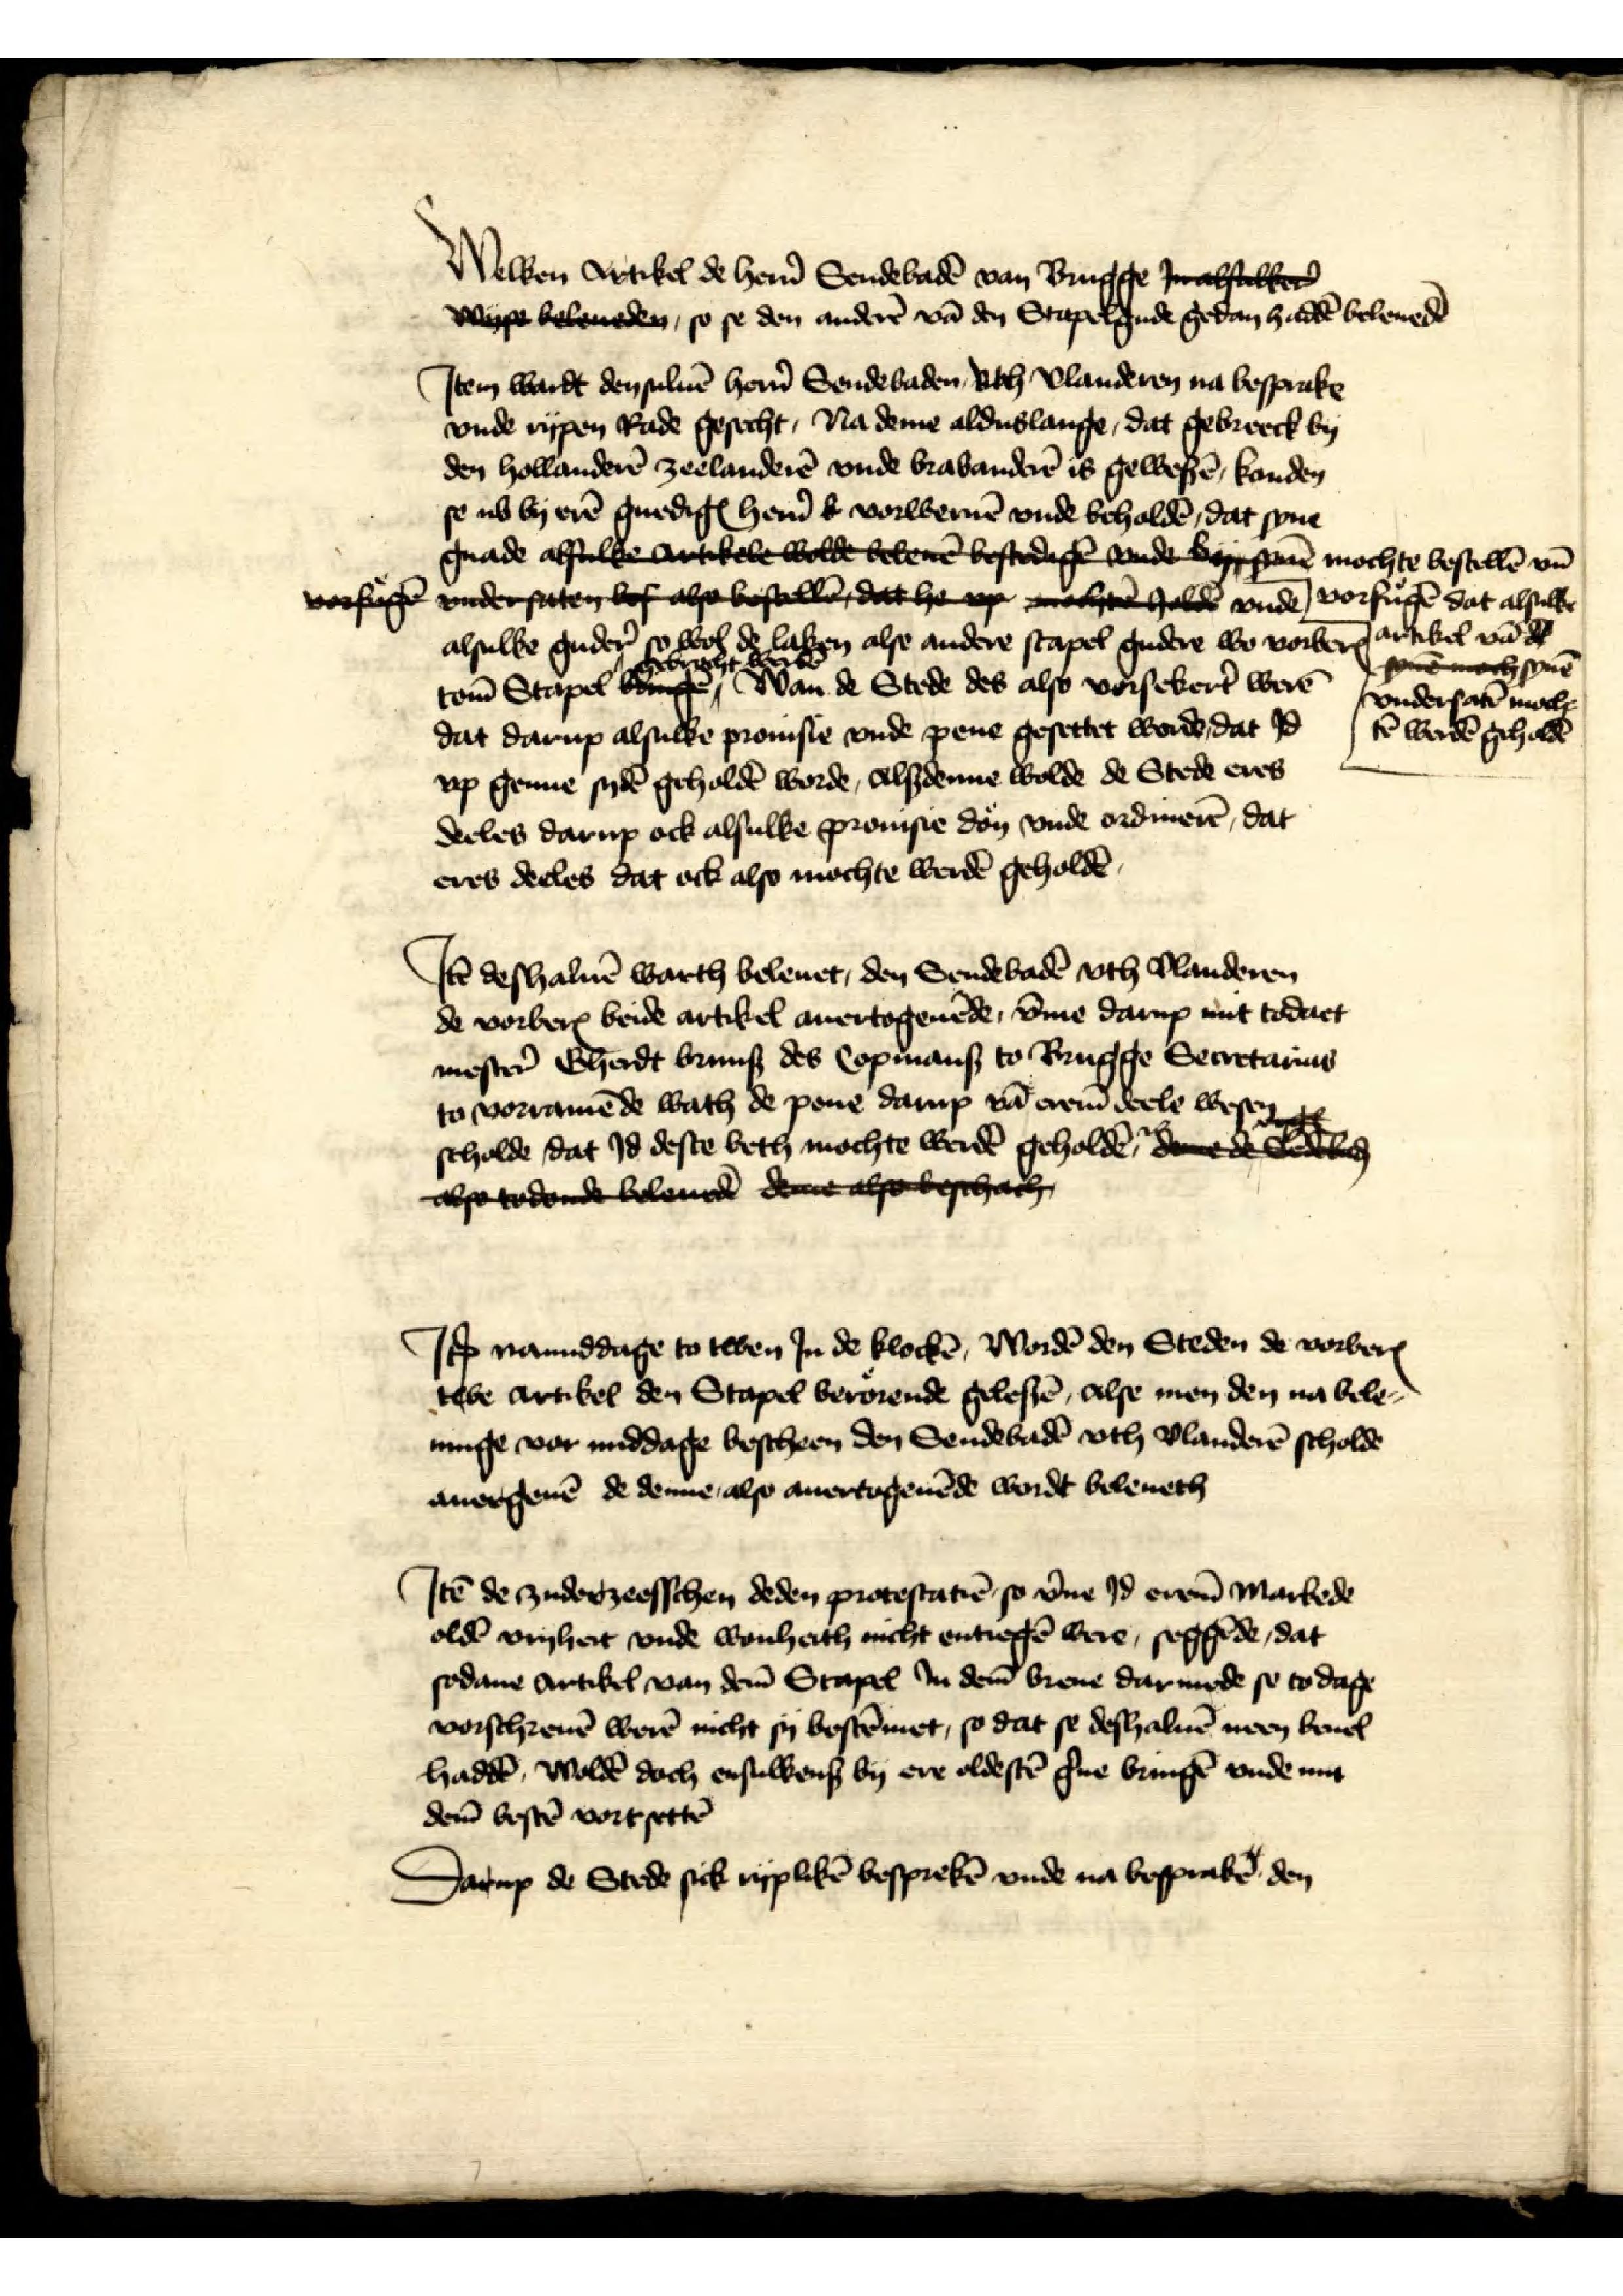
Welken Artikel de her̉n Sendebadē van Brugge Jnchbobker̉ 
Wyse beleueden, so se den andere vān den Stapelgude gedan haddē beleuedē

Jtem wardt den suluē her̉n Sendebaden, vth Vlanderen na besprake
Wyse beleueden, so se den andere vān den Stapelgude gedan haddē beleuedē
vnde rypen Rade gesecht, Na deme alduslange, dat gebreeck by
den hollanderē zeelanderē vnde Brabanderē is gewesē, konden
se ub by erē gnedigꝬ her̉n s vorweruē vnde beholdē, dat syne
gnade alsulke Artikele wolde bekene bestedage vnde bsane mochte bestellē vn̄
vorfuͤgē dat alsulke
Artikel vā de
Isne noch synē
vndersatē mocht¬
tē werdē gehaddē
vorfoge vndersate lef also bestll dat h op echte holde vnde
alsulke guder̉ so wol de laken alse andere stapel gudere wo vorberꝬ
tom̄ Stapel gebracht werdē Wan de Stede des also vorsekert̉ werē
dat darup alsulke prouisie vnde pene gesettet worde, dat Jd
vp genne sydē geholdē worde, Alsdenne wolde de Stede eres
deeles darup ock alsulke prouisie don vnde ordinerē, dat
eres deeles dat ock also mochte werdē geholdē

Jꝷ deshaluē warth beleuet, den Sendebadē vth Vlanderen
de vorberꝬ beide artikel auertogeuēde, v̄me darup mit todaet
mester̉ Gherdt Brunß des Copmans to Brugge Secetarius
to vorramēde wath de pene darup vā erem̄ deele wesen
scholde, dat Jd deste beth mochte werdē geholdē ¬
also todonde beleued dene asobeschach
Jꝷ namiddage to twen Jn de klockē, Wordē den Steden de vorberꝬ
twe artikel den Stapel beroͤrende gelesē, alse men den na bele¬
uinge vor middage bescheen den Sendebadē vth Vlanderē scholden
auorgeuē de denne also auertogeuēde wordt beleueth

Jtē de zuder zeesschen deden protestatiē so v̄me Jd erem̄ Markede
oldē vryheit vnde wonheith nicht entiegē were, seggēde, dat
sodane artikel van dem̄ Stapel Jn dem̄ breue darmede se to dage
vorschreuē werē nicht sy bestēmet, so dat se deshaluē neen beuel
haddē, woldē doch ensulkens by ere oldestē g̉ne bringē vnde mit
dem̄ bestē vortsettē

Darup de Stede sick ryplikē besprekē vnde na besprakē den